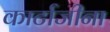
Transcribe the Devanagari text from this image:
कार्टाजीना